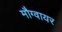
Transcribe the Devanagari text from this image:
मौग्वायर